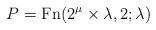
LaTeX: \begin{align*}P = \operatorname{Fn}(2^\mu\times\lambda,2;\lambda)\end{align*}